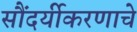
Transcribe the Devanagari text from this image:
सौंदर्यीकरणाचे